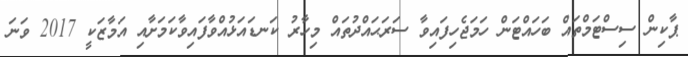
ޕާކިން ސިސްޓަމްތައް ބަހައްޓަން ހަމަޖެހިފައިވާ ސަރަޙައްދުތައް މިހާރު ކަނޑައަޅުއްވާފައިވާކަމަށާއި އަމާޒަކީ 2017 ވަނަ